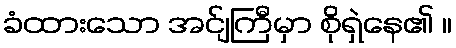
ခံထားသော အင်ျကြီမှာ စိုရှဲနေ၏ ။